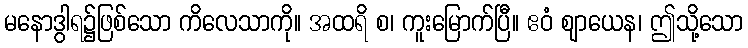
မနောဒွါရ၌ဖြစ်သော ကိလေသာကို။ အထရိ စ၊ ကူးမြောက်ပြီ။ ဧဝံ ဈာယေန၊ ဤသို့သော